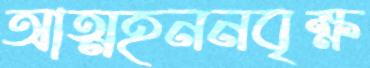
আত্মহননবৃক্ষ